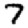
Digit: 7